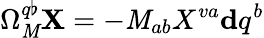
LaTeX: \Omega_{\mathit{M}}^{q\flat}\mathbf{{X}}=-\mathit{M}_{ab}X^{va}{}\mathbf{{d}}q^{b}